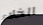
الخلاء